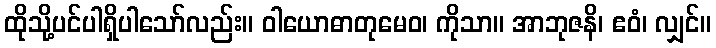
ထိုသို့ပင်ပါရှိပါသော်လည်း။ ဝါယောဓာတုမေဝ၊ ကိုသာ။ အာဘုဇနိ၊ ဧဝံ၊ လျှင်။